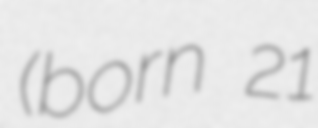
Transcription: (born 21